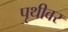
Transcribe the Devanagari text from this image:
पृथीवर